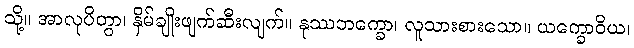
သို့။ အာလုပိတွာ၊ နှိမ်ချိုးဖျက်ဆီးလျက်။ နုဿဘက္ခော၊ လူသားစားသော။ ယက္ခောဝိယ၊